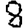
Digit: 8